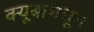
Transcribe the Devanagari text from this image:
क्यूबामधून